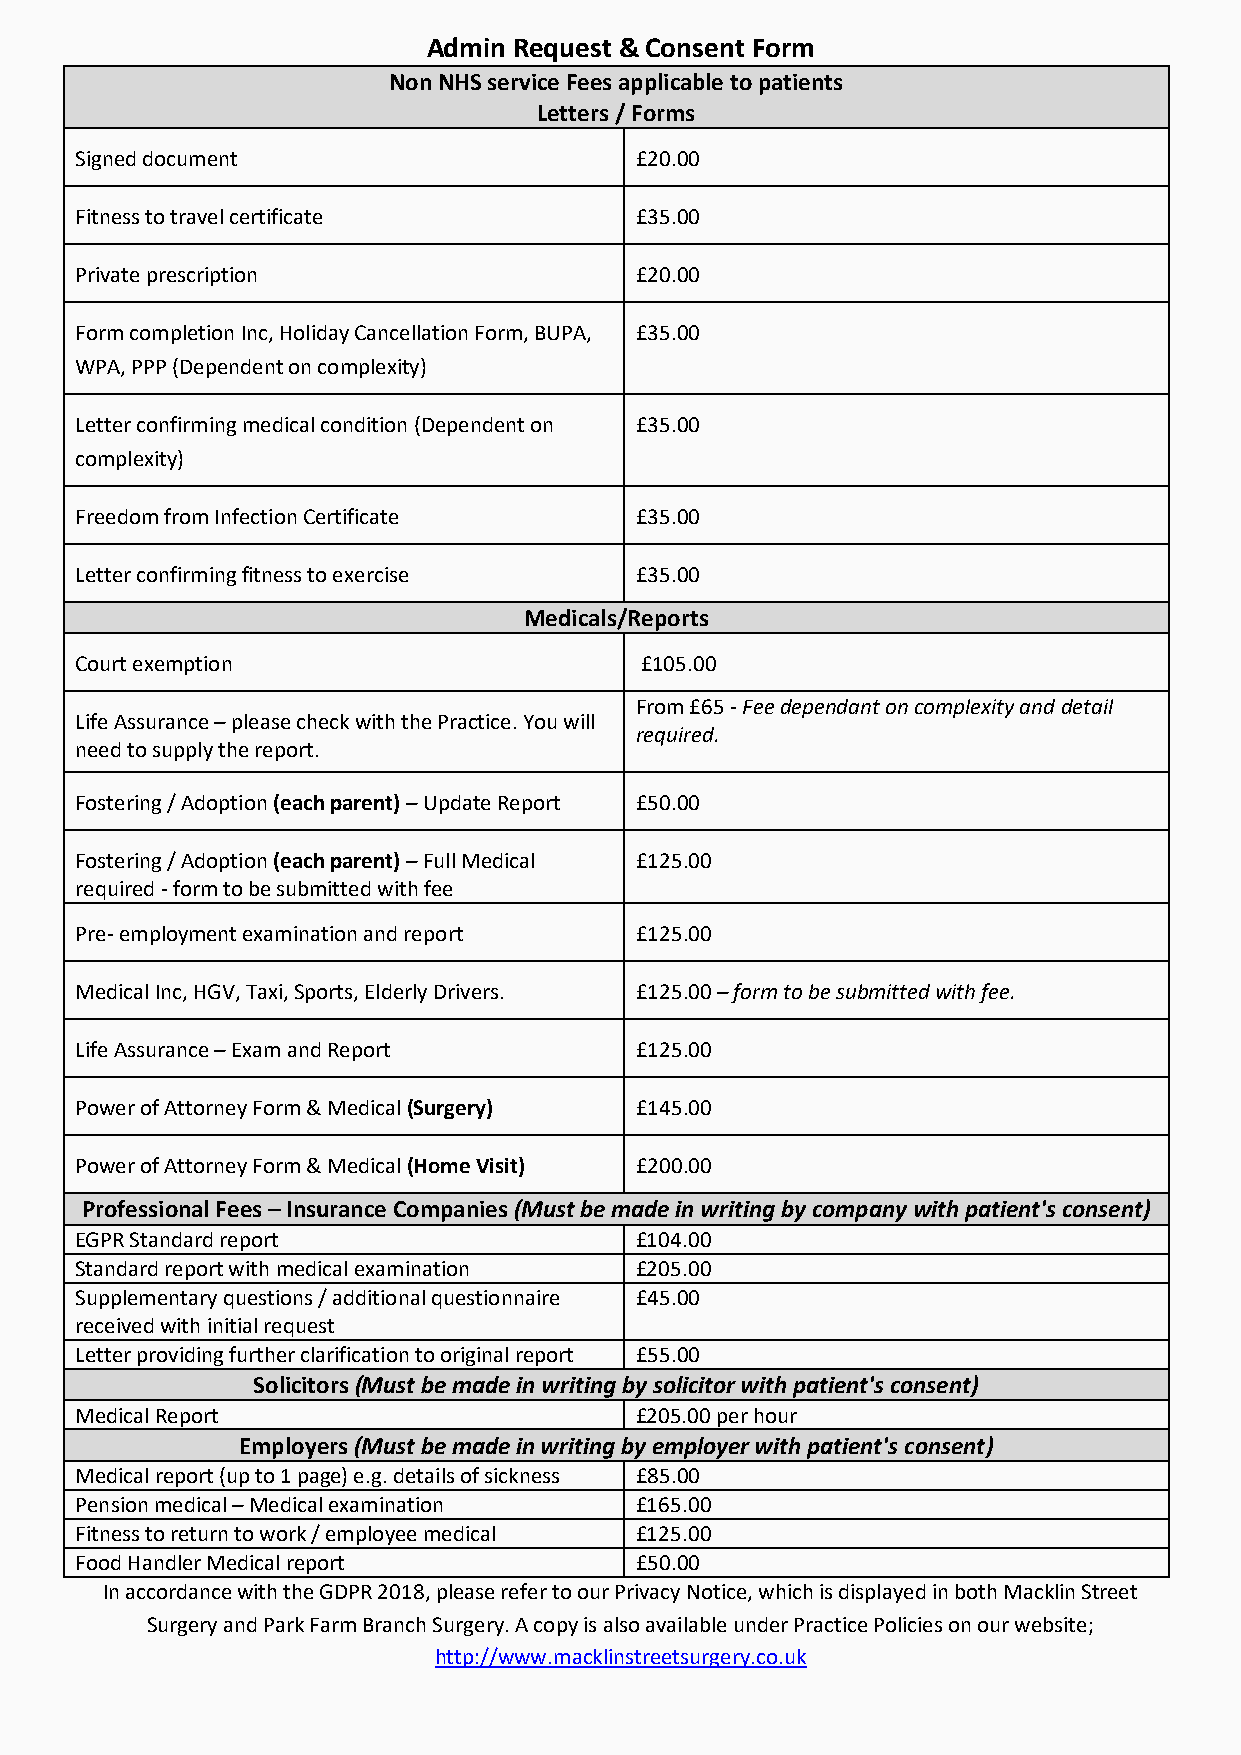
Admin Request & Consent Form
 Non NHS service Fees applicable to patients
 Letters / Forms
 Signed document                      £20.00
 Fitness to travel certificate        £35.00
 Private prescription                 £20.00
 Form completion Inc, Holiday Cancellation Form, BUPA, £35.00
 WPA, PPP (Dependent on complexity)
 Letter confirming medical condition (Dependent on £35.00
 complexity)
 Freedom from Infection Certificate   £35.00
 Letter confirming fitness to exercise £35.00
 Medicals/Reports
 Court exemption                      £105.00
 From £65 - Fee dependant on complexity and detail
 Life Assurance – please check with the Practice. You will
 required.
 need to supply the report.
 Fostering / Adoption (each parent) – Update Report £50.00
 Fostering / Adoption (each parent) – Full Medical £125.00
 required - form to be submitted with fee
 Pre- employment examination and report £125.00
 Medical Inc, HGV, Taxi, Sports, Elderly Drivers. £125.00 – form to be submitted with fee.
 Life Assurance – Exam and Report     £125.00
 Power of Attorney Form & Medical (Surgery) £145.00
 Power of Attorney Form & Medical (Home Visit) £200.00
 Professional Fees – Insurance Companies (Must be made in writing by company with patient's consent)
 EGPR Standard report                 £104.00
 Standard report with medical examination £205.00
 Supplementary questions / additional questionnaire £45.00
 received with initial request
 Letter providing further clarification to original report £55.00
 Solicitors (Must be made in writing by solicitor with patient's consent)
 Medical Report                       £205.00 per hour
 Employers (Must be made in writing by employer with patient's consent)
 Medical report (up to 1 page) e.g. details of sickness £85.00
 Pension medical – Medical examination £165.00
 Fitness to return to work / employee medical £125.00
 Food Handler Medical report          £50.00
 In accordance with the GDPR 2018, please refer to our Privacy Notice, which is displayed in both Macklin Street
 Surgery and Park Farm Branch Surgery. A copy is also available under Practice Policies on our website;
 http://www.macklinstreetsurgery.co.uk